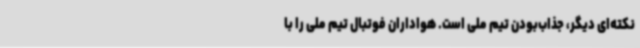
نکته‌ای دیگر، جذاب‌بودن تیم ملی است. هواداران فوتبال تیم ملی را با